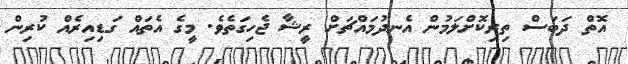
އޮތް ދަބަސް ތިރިކޮށްލަަމުން އެނދުމައްޗަށް ރީޝާ ޖެހިިގަތެވެ. މީގެ އެތައް ގަަޑިއިރެއް ކުރިން